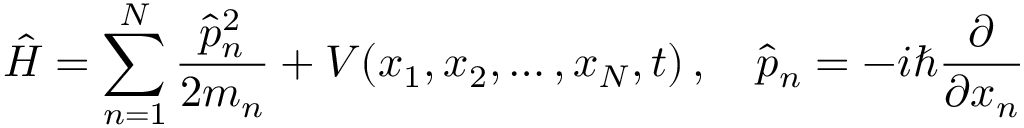
{ \hat { H } } = \sum _ { n = 1 } ^ { N } { \frac { { \hat { p } } _ { n } ^ { 2 } } { 2 m _ { n } } } + V ( x _ { 1 } , x _ { 2 } , \ldots , x _ { N } , t ) \, , \quad { \hat { p } } _ { n } = - i \hbar { \frac { \partial } { \partial x _ { n } } }